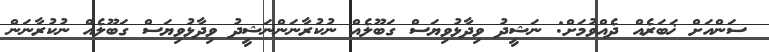
ސަންއަށް ޚަބަރެއް ދެއްވުމަށް: ނަޝީދު ވިދާޅުވިޔަސް ގަބޫލެއް ނުކުރާނަންނަޝީދު ވިދާޅުވިޔަސް ގަބޫލެއް ނުކުރާނަން